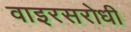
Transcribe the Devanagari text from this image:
वाइरसरोधी